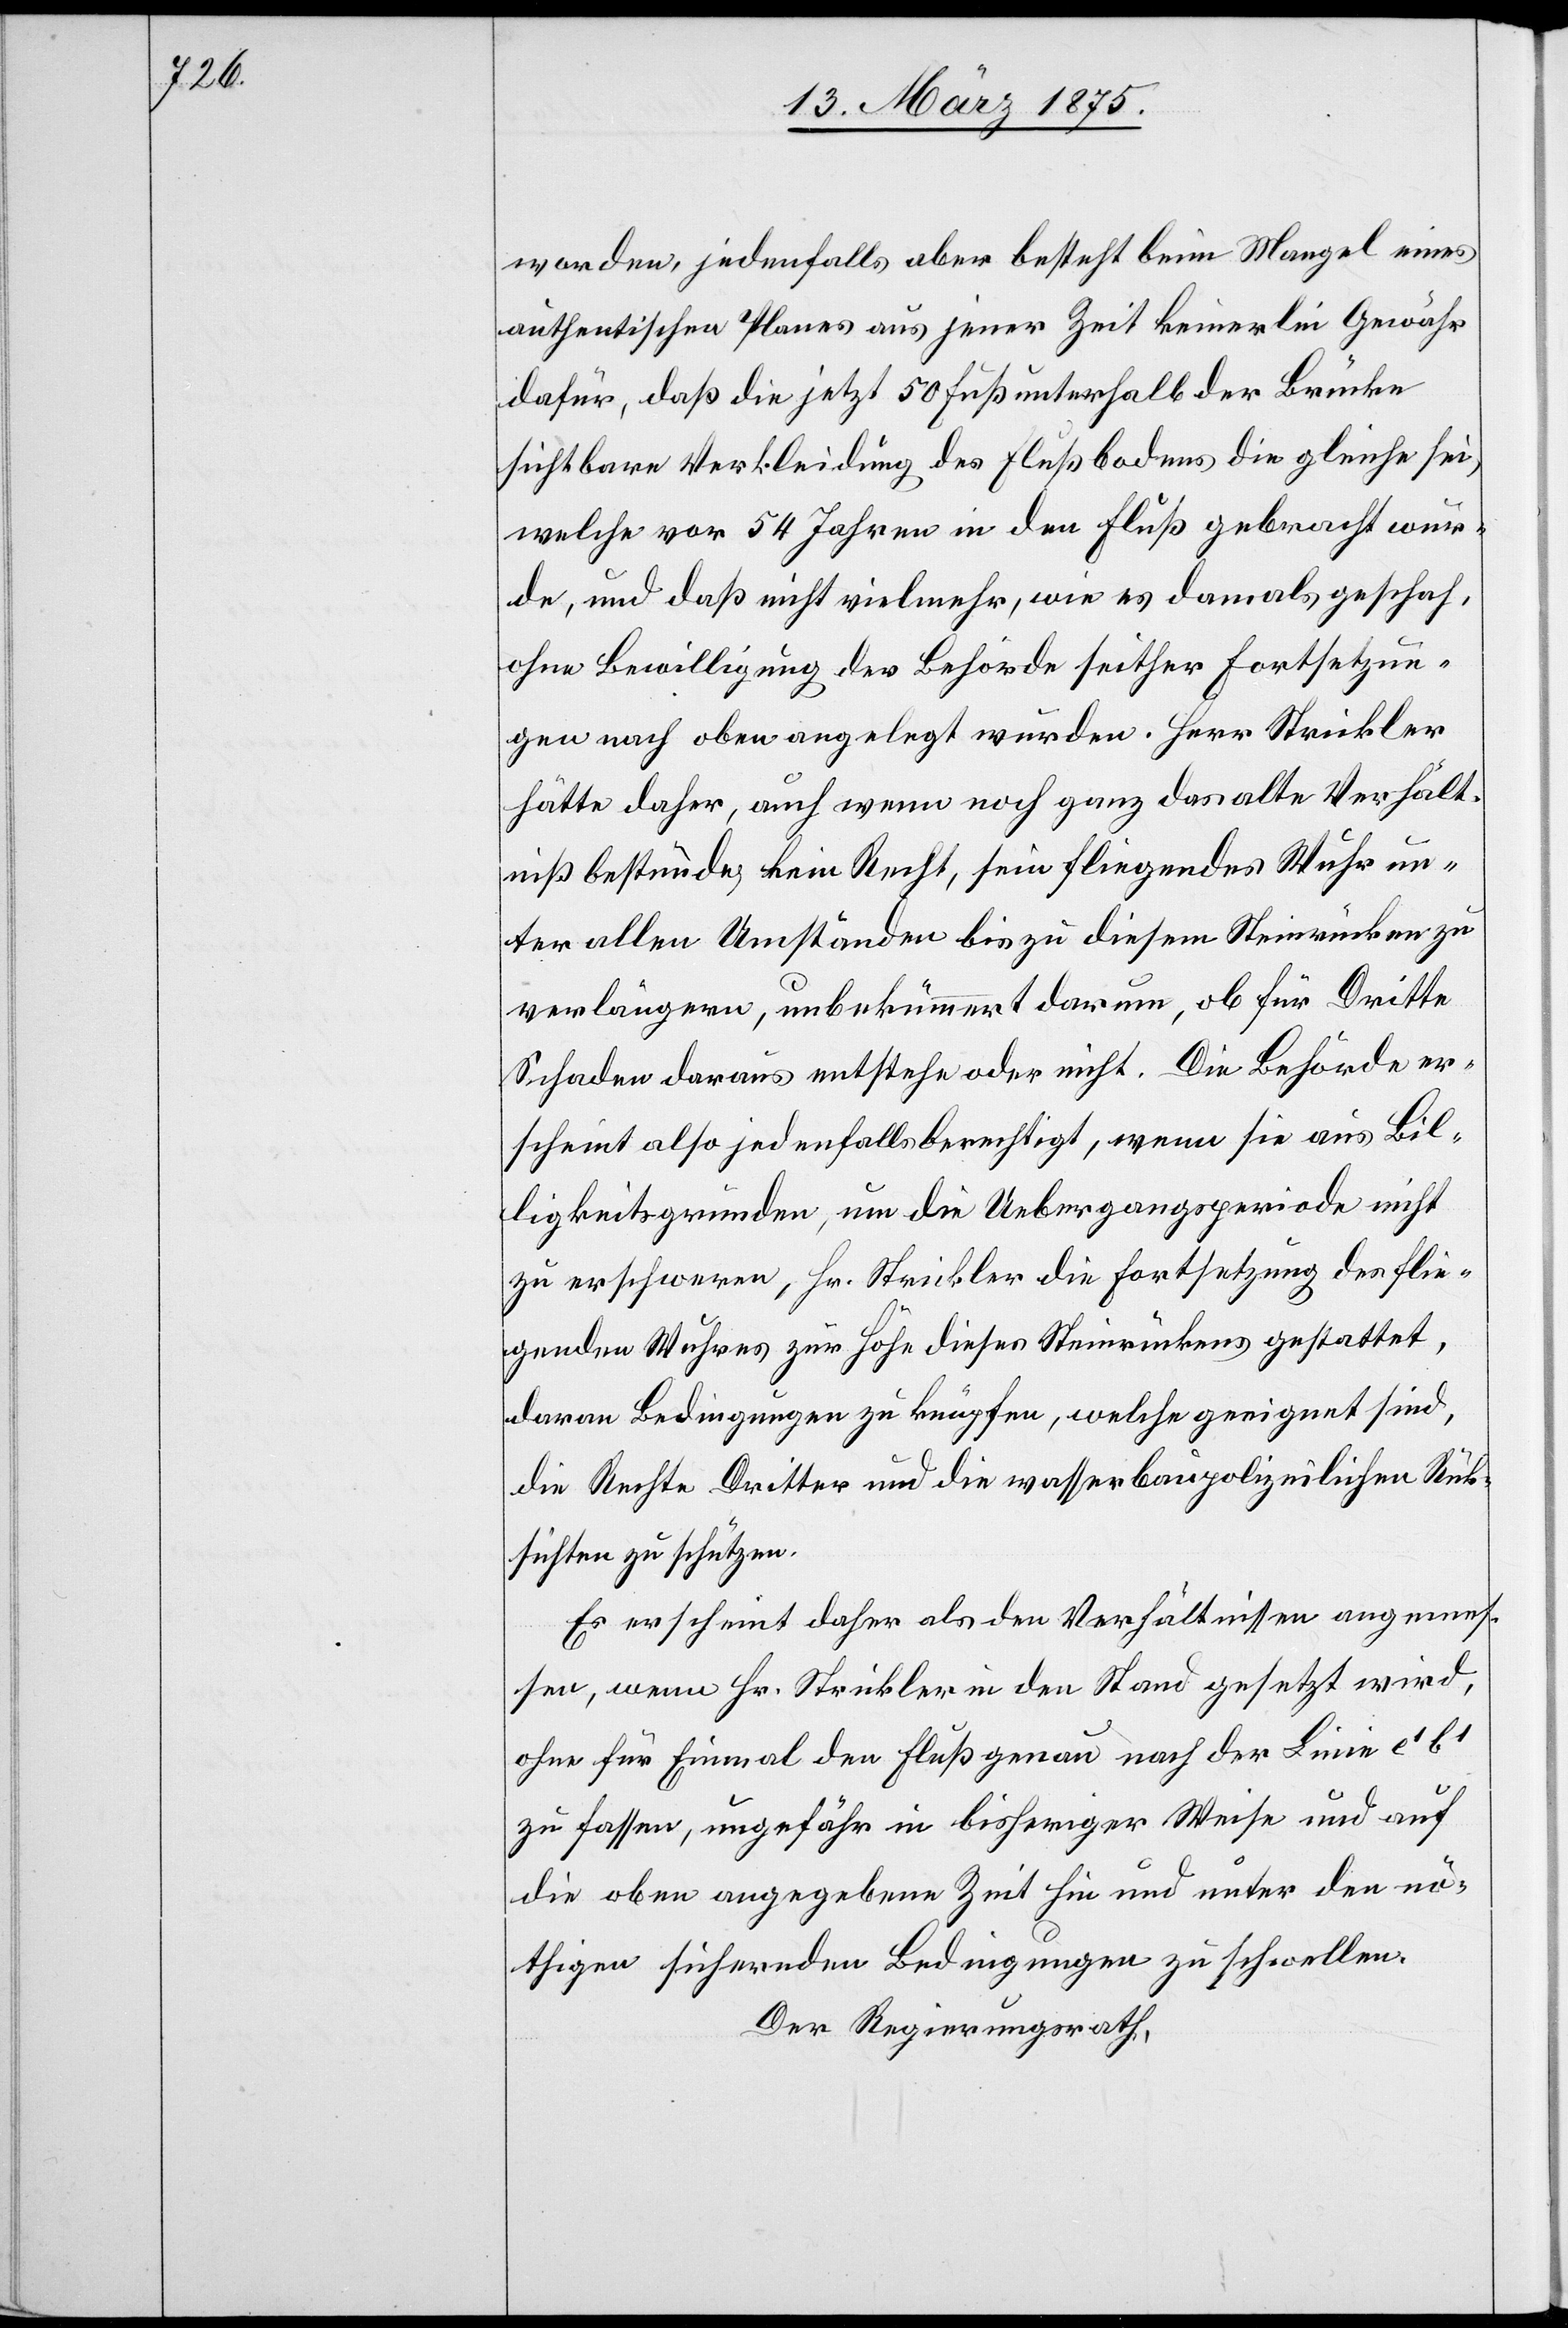
worden, jedenfalls aber besteht beim Mangel eines
authentischen Planes aus jener Zeit keinerlei Gewähr
dafür, daß die jetzt 50 Fuß unterhalb der Brücke
sichtbare Verkleidung des Flußbodens die gleiche sei,
welche vor 54 Jahren in den Fluß gebracht wur¬
de, und das nicht viel mehr, wie es damals geschah,
ohne Bewilligung der Behörde seither Fortsetzun¬
gen noch oben angelegt würden. Herr Strickler
hätte daher, auch wenn noch ganz das alte Verhält¬
niß bestünde, kein Recht, sein fliegendes Wuhr un¬
ter allen Umständen bis zu diesem Steinrücken zu
verlängern, unbekümmert darum, ob für Dritte
Schaden daraus entstehe oder nicht. Die Behörde er¬
scheint also jedenfalls berechtigt, wenn sie aus Bil¬
ligkeitsgründen, um die Uebergangsperiode nicht
zu erschweren, Hr. Strickler die Fortsetzung des flie¬
genden Wuhres zur Höhe diesen Steinrückens gestattet,
daran Bedingungen zu knüpfen, welche geeignet sind,
die Rechte Dritter und die wasserbaupolizeilichen Rück¬
sichten zu schützen.
Es erscheint daher als den Verhältnissen angemes¬
sen, wenn Hr. Strickler in den Stand gesetzt wird,
ohne für Einmal den Fluß genau nach der Linie e1 b1
zu fassen, ungefähr in bisheriger Weise und auf
die oben angegebene Zeit hin und unter den nö¬
thigen sichernden Bedingungen zu schwellen.
Der Regierungsrath,